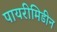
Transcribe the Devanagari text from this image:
पायरीमिडीन